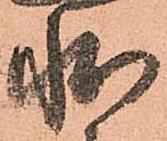
状